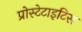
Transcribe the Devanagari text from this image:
प्रोस्टेटाइटिस